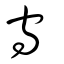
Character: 守